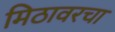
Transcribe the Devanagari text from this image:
मिठावरचा